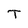
Character: T